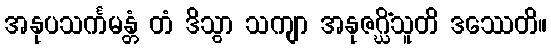
အနုပသင်္ကမန္တံ တံ ဒိသွာ သကျာ အနုဇဂ္ဃိံသူတိ ဒဿေတိ။